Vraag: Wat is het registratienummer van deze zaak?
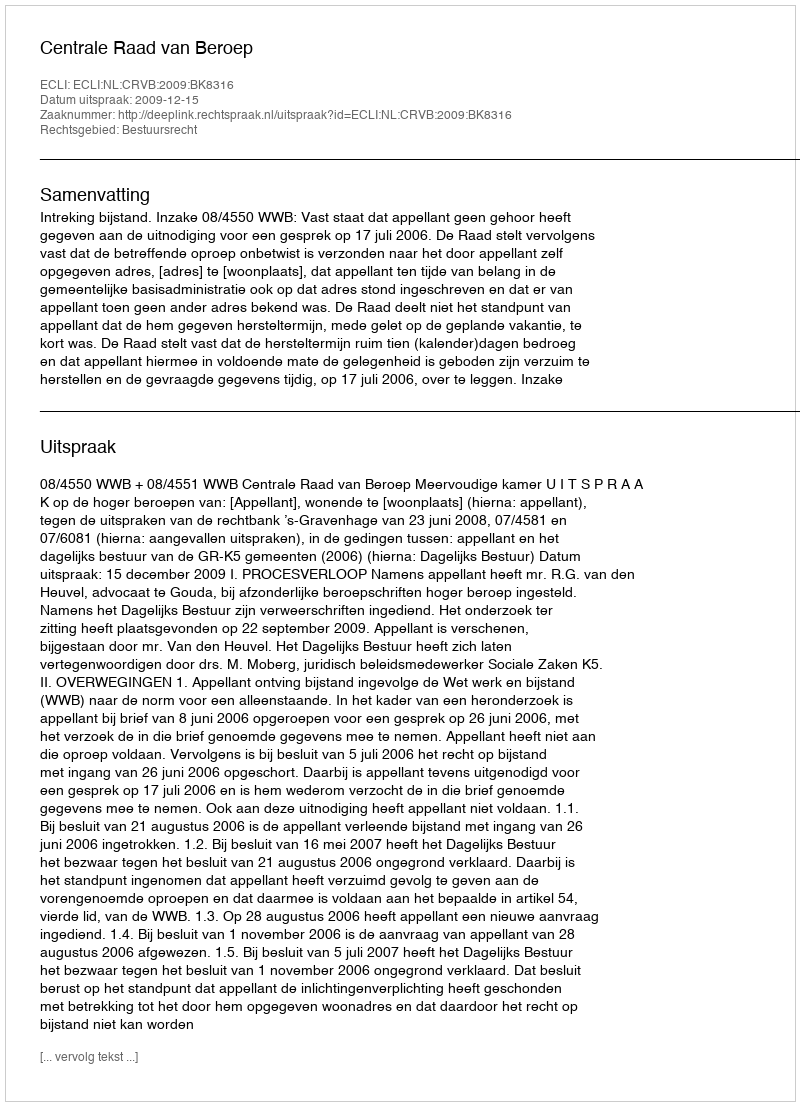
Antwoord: http://deeplink.rechtspraak.nl/uitspraak?id=ECLI:NL:CRVB:2009:BK8316